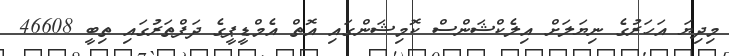
މިދިޔަ އަހަރުގެ ނިޔަލަށް އިލެކްޝަންސް ކޮމިޝަންގައި އޮތް އެމްޑީޕީގެ ދަފްތަރުގައި ތިބީ 46608